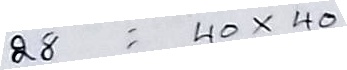
28 = 40 x 40